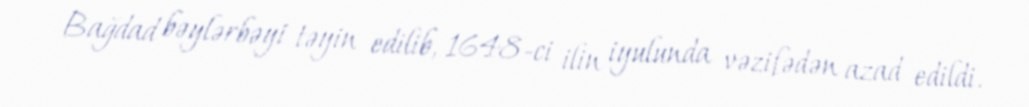
Bağdad bəylərbəyi təyin edilib, 1648-ci ilin iyulunda vəzifədən azad edildi.